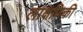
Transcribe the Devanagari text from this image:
लाक्षणिकी